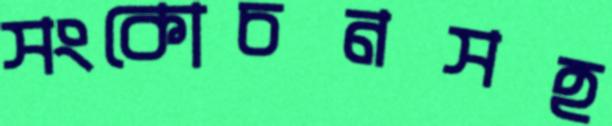
সংকোচনসহ